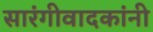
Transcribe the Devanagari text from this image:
सारंगीवादकांनी